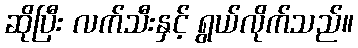
ဆိုပြီး လက်သီးနှင့် ရွယ်လိုက်သည်။